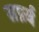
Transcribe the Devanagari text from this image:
सर्फ़्व